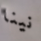
نينا